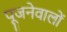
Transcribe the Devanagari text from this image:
पूजनेवालों